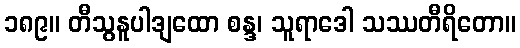
၁၈၉။ တီသွနူပါဒျထော စန္ဒ၊ သူရာဒေါ သဿတီရိတော။